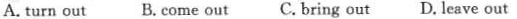
A.turn out B.come out C.bring out D.leave out